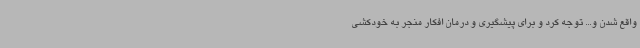
واقع شدن و... توجه کرد و برای پیشگیری و درمان افکار منجر به خودکشی